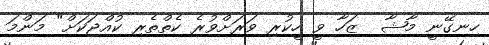
ހިނގޭނީ މާޝާ  ޒަހާ ވީ ހީކުރި ވަރަށްވުރެ ކެތްތެރި ކުއްޖަކަށް" މަންމަ